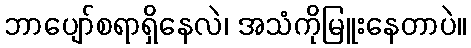
ဘာပျော်စရာရှိနေလဲ၊ အသံကိုမြူးနေတာပဲ။